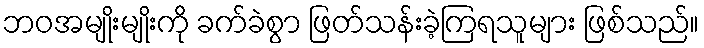
ဘဝအမျိုးမျိုးကို ခက်ခဲစွာ ဖြတ်သန်းခဲ့ကြရသူများ ဖြစ်သည်။